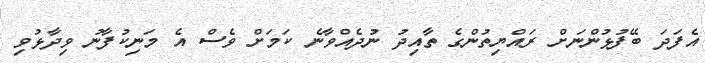
އެފަދަ ބޭފުޅުންނަށް ރައްޔިތުންގެ ތާއިދު ނުދެއްވާނެ ކަމަށް ވެސް އެ މަނިކުފާނު ވިދާޅުވި